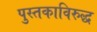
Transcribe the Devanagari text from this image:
पुस्तकाविरुद्ध